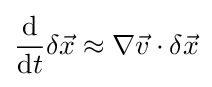
{\frac {\mathrm {d} }{\mathrm {d} t}}\delta {\vec {x}}\approx \nabla {\vec {v}}\cdot \delta {\vec {x}}